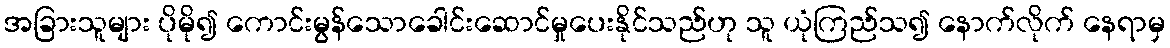
အခြားသူများ ပိုမို၍ ကောင်းမွန်သောခေါင်းဆောင်မှုပေးနိုင်သည်ဟု သူ ယုံကြည်သ၍ နောက်လိုက် နေရာမှ